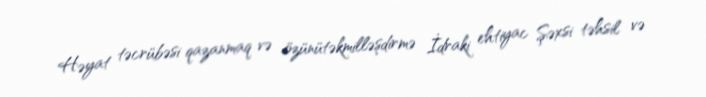
Həyat təcrübəsi qazanmaq və özünütəkmilləşdirmə İdraki ehtiyac Şəxsi təhsil və